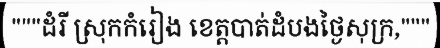
"""ដំរី ស្រុកកំរៀង ខេត្តបាត់ដំបងថ្ងៃសុក្រ,"""